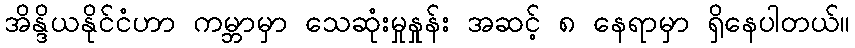
အိန္ဒိယနိုင်ငံဟာ ကမ္ဘာမှာ သေဆုံးမှုနှုန်း အဆင့် ၈ နေရာမှာ ရှိနေပါတယ်။